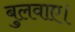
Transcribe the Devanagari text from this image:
बुलवाए।